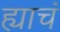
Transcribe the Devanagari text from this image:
ह्याचं